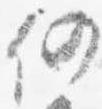
仍